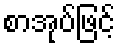
စာအုပ်ဖြင့်